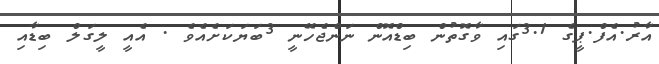
އާރު.އެފް.ޕީގެ 3.1ގައި ވާގޮތުން ބިޑްއޮން ނަންޖެހޭނީ 3ބަޔަކަށެއެވެ . އެއީ ލީގަލް ބިޑާއި